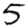
Digit: 5